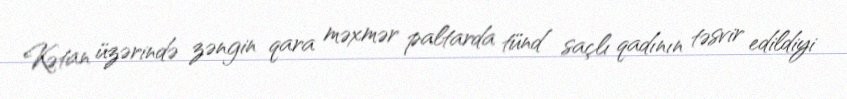
Kətan üzərində zəngin qara məxmər paltarda tünd saçlı qadının təsvir edildiyi